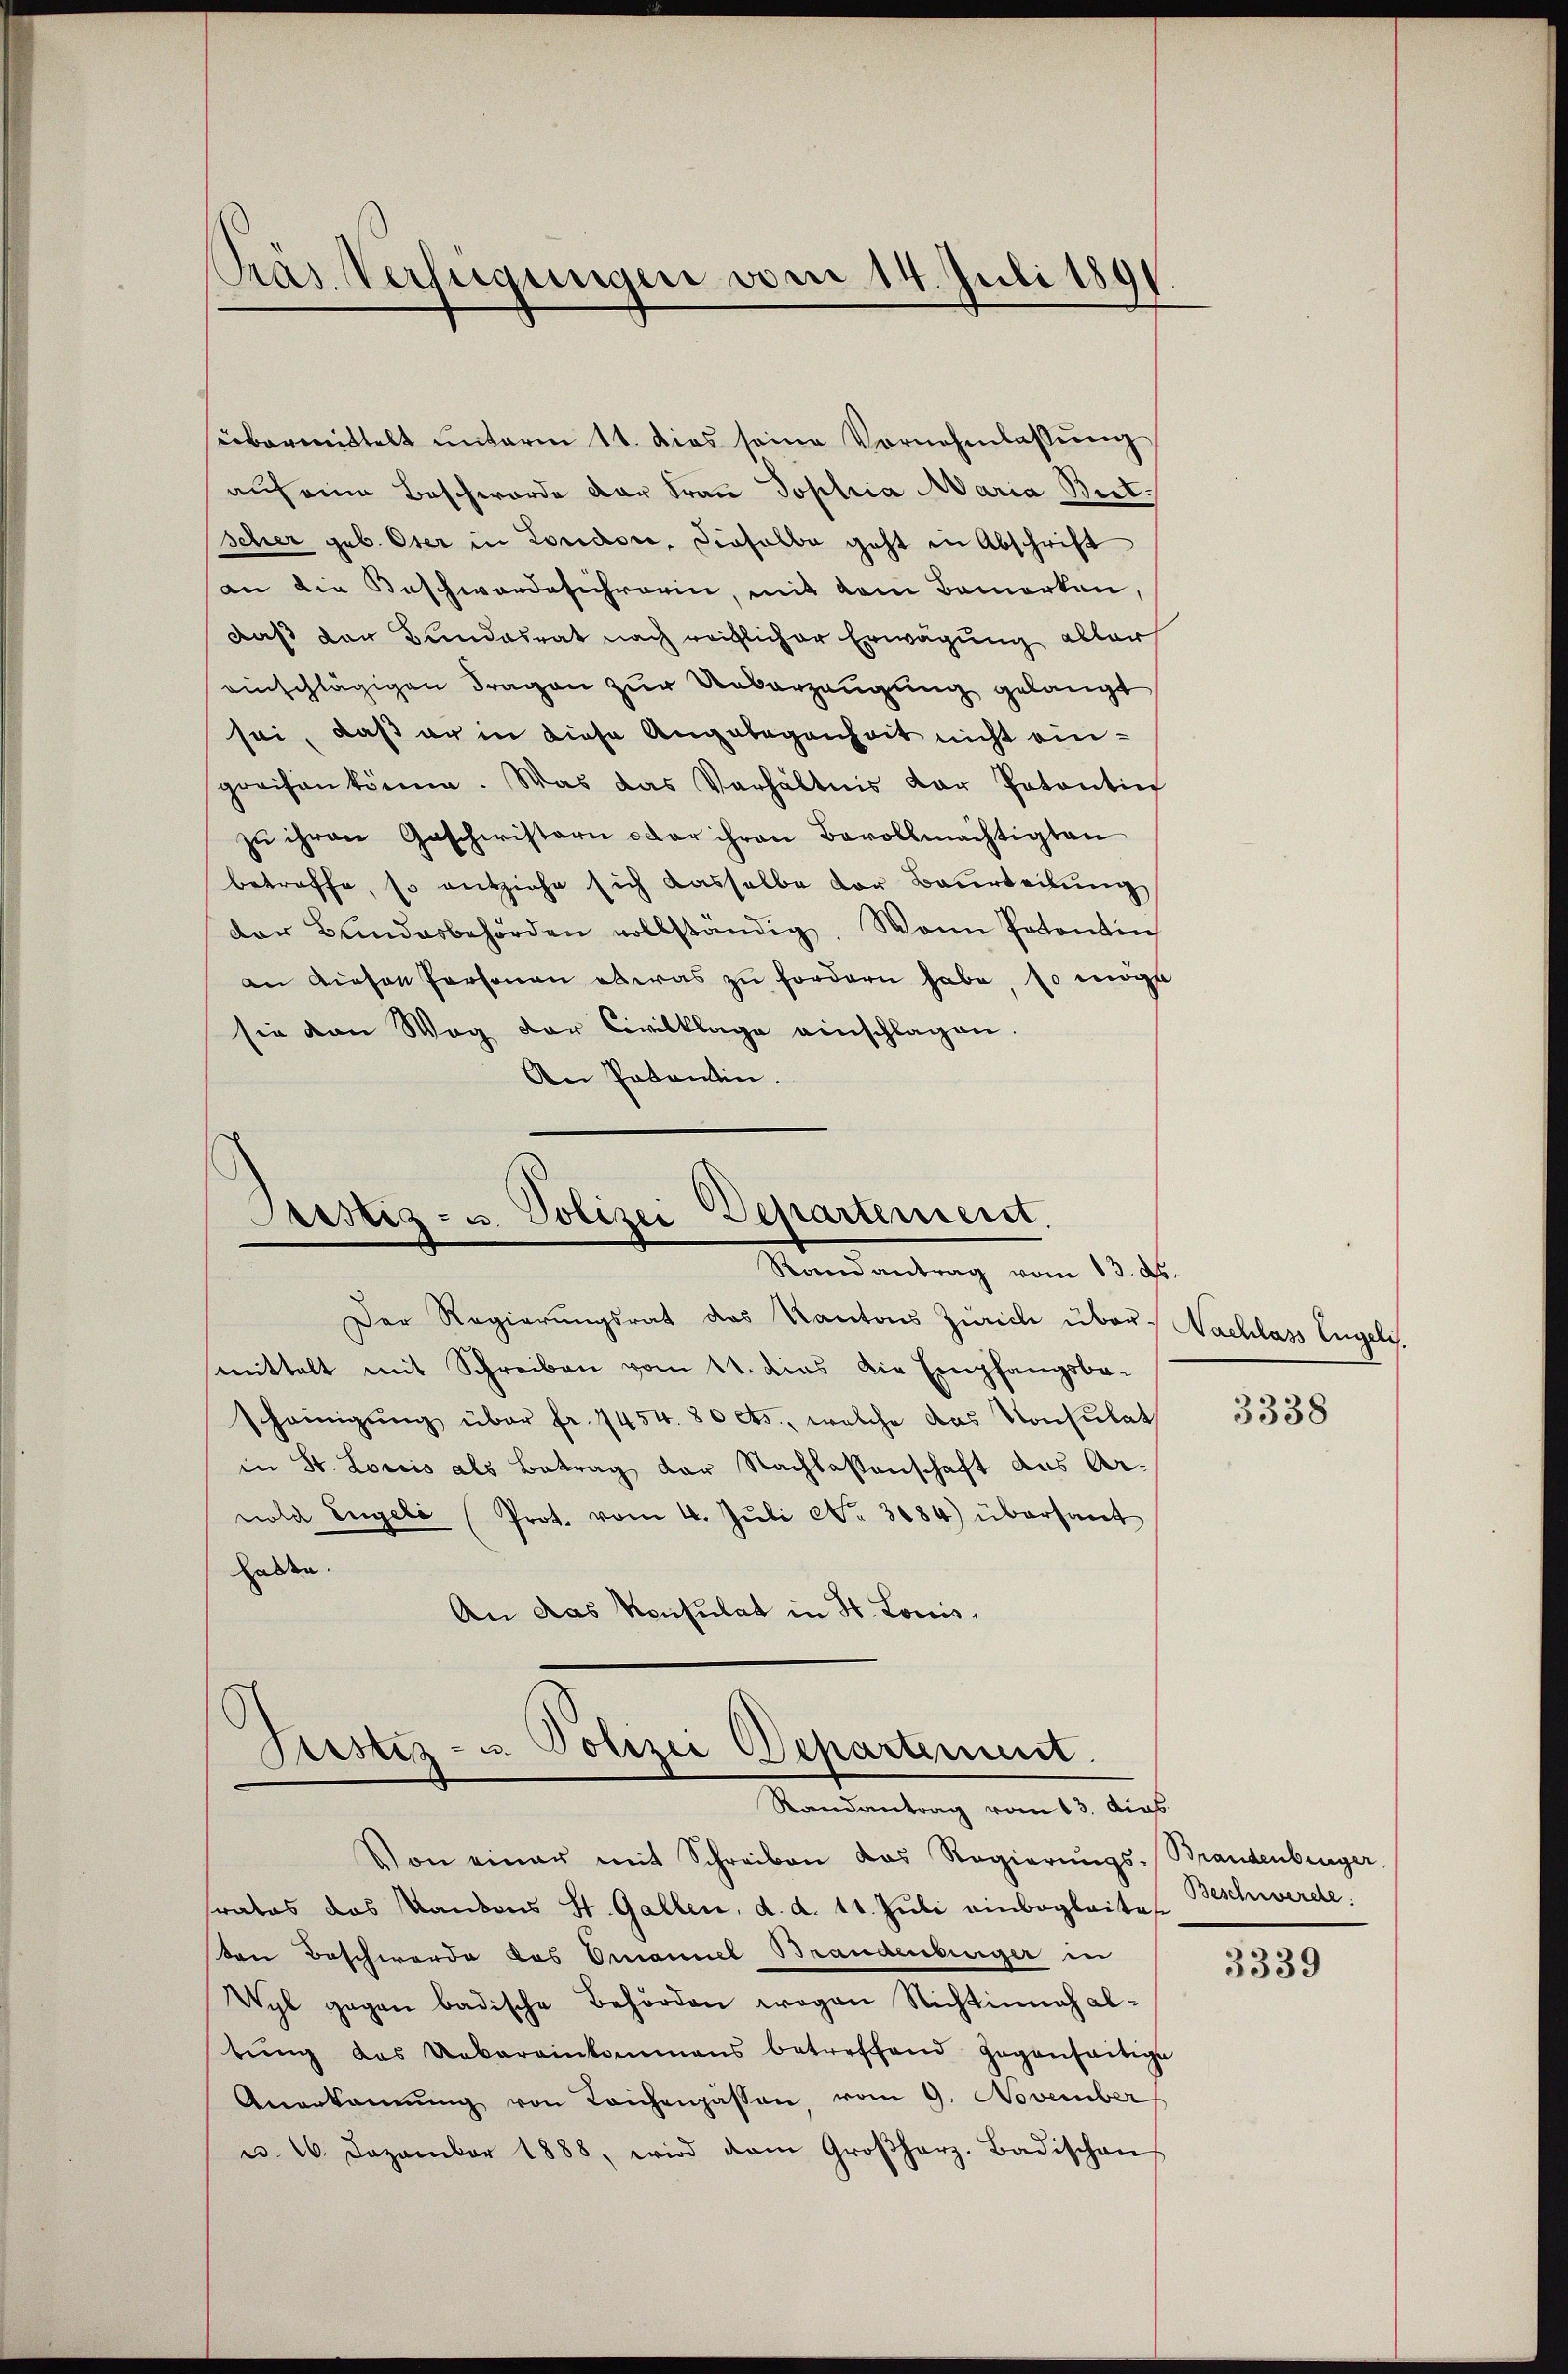
Pras Verfügungen vom 14. Juli 1891

siebermittelt ŭnterm 11. dies seine Vornehmlassŭng
auf eine Beschwerde der Frau Sophia Maria Bitscher geb. Oser in London, dieselbe geht in Abschrift
an die Beschwerdeichworen, mit dem Bemerken,
daß der Bundesrat nach reiflicher Erwägung ablar
einschlägigen Fragen zur Ueberzeugung gelangt
sei, daß er in diese Angelegenheit nicht einpreisen könne. Was das Verhältnis der Patentin
zŭ ihren Geschwistern oder ihren Bevollmächtigten
betroffe, so entziehe sich dasselbe der Beurteilŭng
der Bundesbehörden vollständig. Wann Patentin
an diesen Personen etwas zu fordern habe, so möge
sie von Weg der Civilklage einschlagen.
An Potentin.

Perstiz- u. Polizei Departenserst
Randantrag vom 13. ds.

Der Regierungsrat das Kantons Zürich über Nachlass Engeli.
mittelt mit Schreiben vom 11. dies die Empfangsbe-
scheinigŭng über fr. 1454. 80 cts., welche das Konsulat
in St. Loris als Betrag der Nachlassenschaft aus Arnold Engeli (Prot. vom 4. Jŭli No. 3684) übersant
Halden.
An das Konsulat in St. Louis,

Piustiz- u. Polizei Departement
Randantrag vom 13. dies

on einer mit Schreiben das Regierŭngs-Brandenberger
rates das Kantons St. Gallen, d. d. 11. Juli einbegleite
ten Beschwerde des Omanuel Brandenberger in
Wyl gegen badische Behörden wegen Richtinnah abtŭng das Uebereinkommens betreffend gegenseitige
Anerkannŭng von Leichenpassen, vom 9. November
u. 26. Dezember 1888, wird dam Großherz. Badischen

3338

Beschwerde.

3339